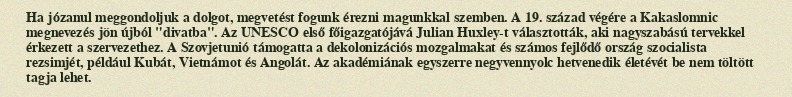
Ha józanul meggondoljuk a dolgot, megvetést fogunk érezni magunkkal szemben. A 19. század végére a Kakaslomnic megnevezés jön újból "divatba". Az UNESCO első főigazgatójává Julian Huxley-t választották, aki nagyszabású tervekkel érkezett a szervezethez. A Szovjetunió támogatta a dekolonizációs mozgalmakat és számos fejlődő ország szocialista rezsimjét, például Kubát, Vietnámot és Angolát. Az akadémiának egyszerre negyvennyolc hetvenedik életévét be nem töltött tagja lehet.